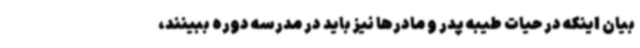
بیان اینکه در حیات طیبه پدر و مادرها نیز باید در مدرسه دوره ببینند،